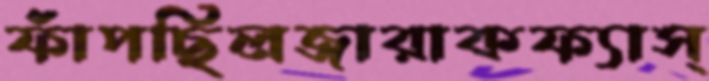
ফাঁপছিলজারাকফ্যাস্